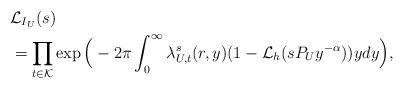
LaTeX: \begin{align*}&\mathcal{L}_{I_U}(s) \\&= \prod_{t \in \mathcal{K}} \exp \Big(-2\pi \int_{0}^{\infty} \lambda_{U, t}^s (r, y) (1 - \mathcal{L}_h(s P_U y^{-\alpha})) y dy \Big),\end{align*}